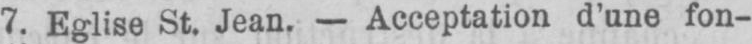
7. Eglise St. Jean. - Acceptation d’une fon-